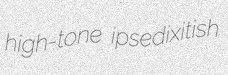
high-tone ipsedixitish